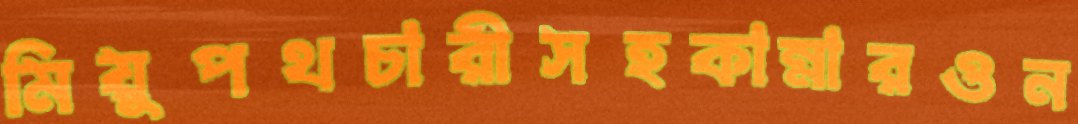
মিয়ুপথচারীসহকান্নারওন